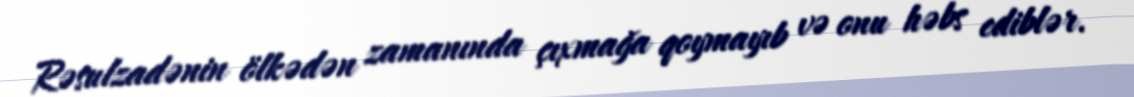
Rəsulzadənin ölkədən zamanında çıxmağa qoymayıb və onu həbs ediblər.